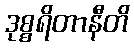
ဒုစ္စရိတာနီတိ